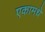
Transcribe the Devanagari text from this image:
एकामधे